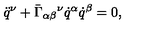
\ddot { q } ^ { \nu } + \bar { \Gamma } _ { \alpha \beta } { } ^ { \nu } \dot { q } ^ { \alpha } \dot { q } ^ { \beta } = 0 ,